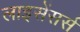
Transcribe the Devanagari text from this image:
लाइसेंसर्स